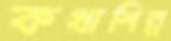
কথাশিল্প